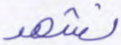
نشهد